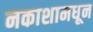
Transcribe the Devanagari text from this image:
नकाशामधून